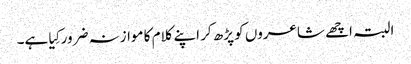
البتہ اچھے شاعروں کو پڑھ کر اپنے کلام کا موازنہ ضرور کِیا ہے۔